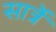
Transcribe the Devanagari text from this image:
सार्त्रे